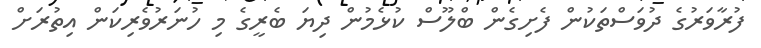
ފުރާވަރުގެ ދުވަސްތަކުން ފެށިގެން ބްލޫސް ކުޅެމުން ދިޔަ ބެރީގެ މި ހުނަރުވެރިކަން އިތުރަށް